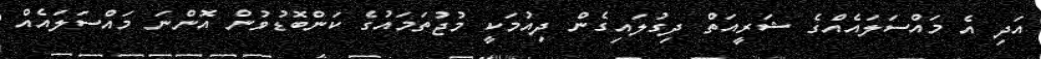
އަދި އެ މައްސަލައެއްގެ ޝަރީއަތް ދިގުލައިގެން ދިއުމަކީ މުޖުތަމައުގެ ކަންބޮޑުވުން އޮންނަ މައްސަލައެއް